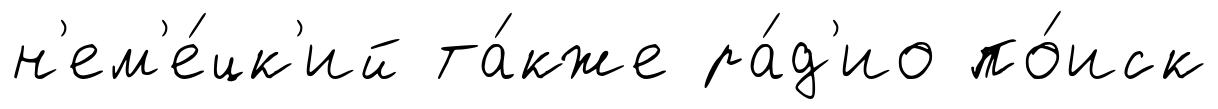
н'ем'е́цк'ий та́кже ра́д'ио по́иск